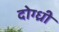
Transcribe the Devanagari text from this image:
दोग्ध्री